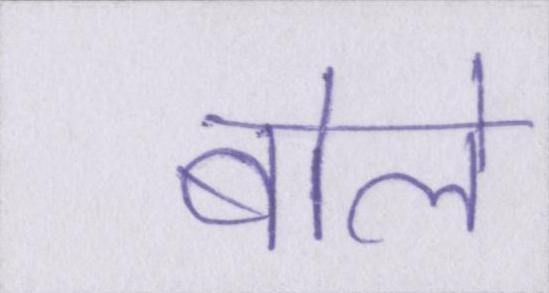
बोले